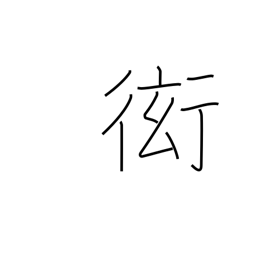
Meaning: show off